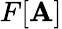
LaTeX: F[\mathbf{A}]